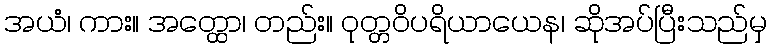
အယံ၊ ကား။ အတ္ထော၊ တည်း။ ဝုတ္တဝိပရိယာယေန၊ ဆိုအပ်ပြီးသည်မှ